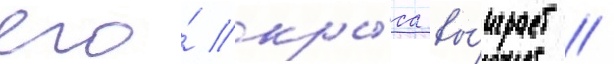
его́ кры́са вы́играет /